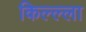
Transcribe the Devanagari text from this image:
किल्ल्‍ला